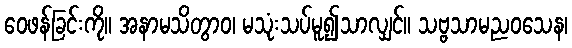
ဝေဖန်ခြင်းကို။ အနာမသိတွာဝ၊ မသုံးသပ်မူ၍သာလျှင်။ သဗ္ဗသာမညဝသေန၊